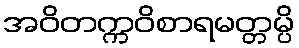
အဝိတက္ကဝိစာရမတ္တမ္ပိ